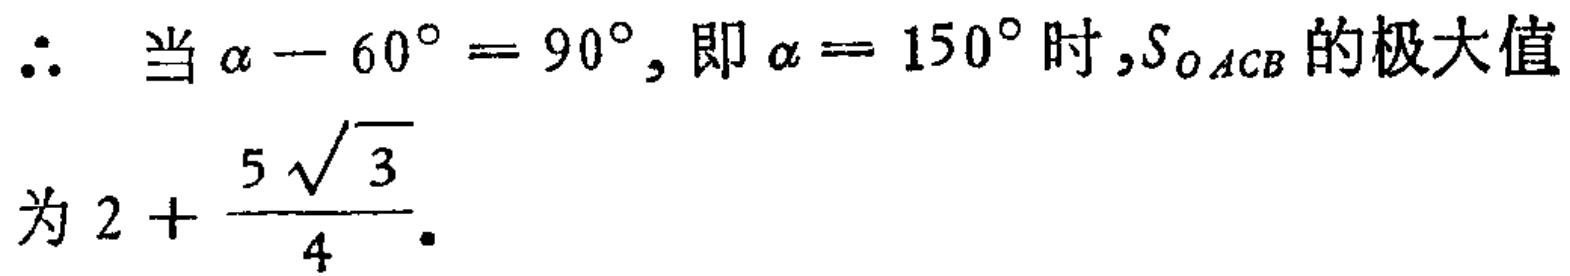
\(\therefore\) 当 \(\alpha - 60^{\circ} = 90^{\circ}\), 即 \(\alpha = 150^{\circ}\) 时, \(S_{OACB}\) 的极大值为 \(2 + \dfrac{5\sqrt{3}}{4}\).